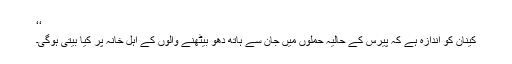
‘‘
کینان کو اندازہ ہے کہ پیرس کے حالیہ حملوں میں جان سے ہاتھ دھو بیٹھنے والوں کے اہل خانہ پر کیا بیتی ہوگی۔